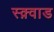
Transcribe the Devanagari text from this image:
स्क़्वाड